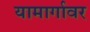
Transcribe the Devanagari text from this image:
यामार्गावर